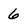
Character: 6